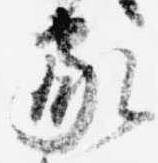
家